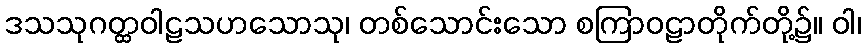
ဒသသုဂတ္ထဝါဠသဟသောသု၊ တစ်သောင်းသော စကြာဝဠာတိုက်တို့၌။ ဝါ၊